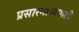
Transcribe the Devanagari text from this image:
प्रसारमाध्यमाशी